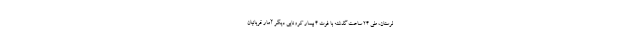
لرستان، طی ۲۴ ساعت گذشته با فوت ۴ بیمار کرونایی دیگر آمار قربانیان